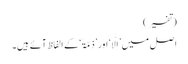
(تفسیر)
اصل میں ’اِلًّا‘ اور ’ذِمَّۃً‘ کے الفاظ آئے ہیں۔